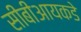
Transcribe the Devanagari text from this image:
सीबीआयकडे